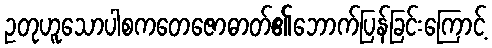
ဥတုဟူသောပါစကတေဇောဓာတ်၏ဘောက်ပြန်ခြင်းကြောင့်